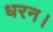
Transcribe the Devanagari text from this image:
धरन।